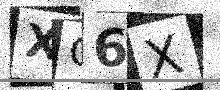
Text: XC6X